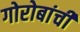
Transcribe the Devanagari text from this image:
गोरोबांची